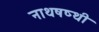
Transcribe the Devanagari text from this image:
नाथषष्थी